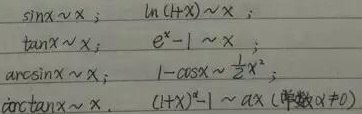
\[
\begin{align*}
&\sin x\sim x;\quad\ln(1 + x)\sim x;\\
&\tan x\sim x;\quad e^{x}-1\sim x;\\
&\arcsin x\sim x;\quad 1-\cos x\sim\frac{1}{2}x^{2};\\
&\arctan x\sim x;\quad(1 + x)^{\alpha}-1\sim\alpha x\ (\text{常数}\alpha\neq0)
\end{align*}
\]